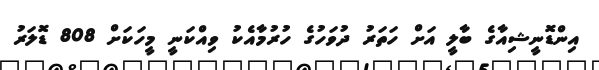
އިންޑޮނީޝިއާގެ ބާލީ އަށް ހަތަރު ދުވަހުގެ ހުރުމާއެކު ވިއްކަނީ މީހަކަށް 808 ޑޮލަރު